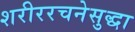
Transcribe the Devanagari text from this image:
शरीररचनेसुद्धा